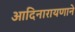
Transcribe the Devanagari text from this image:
आदिनारायणाने